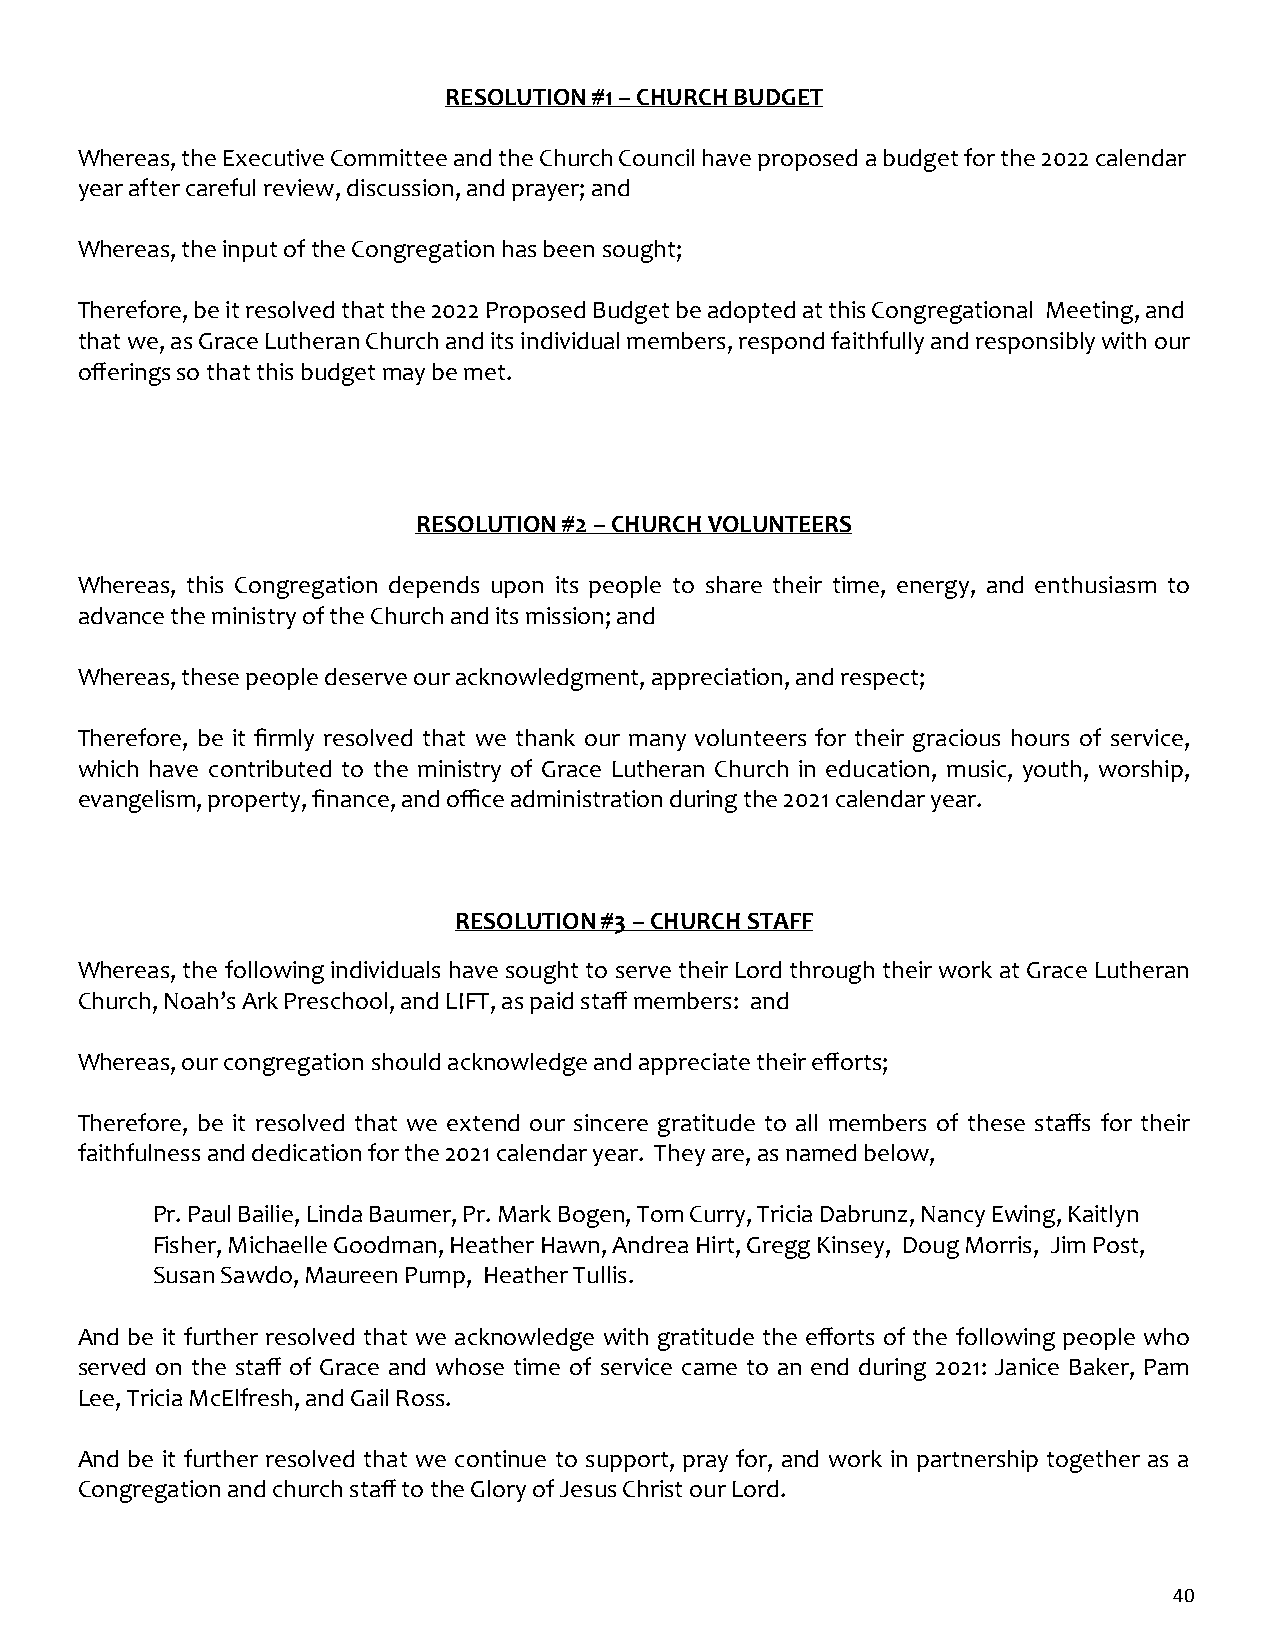
RESOLUTION #1 – CHURCH BUDGET
 Whereas, the Executive Committee and the Church Council have proposed a budget for the 2022 calendar
 year after careful review, discussion, and prayer; and
 Whereas, the input of the Congregation has been sought;
 Therefore, be it resolved that the 2022 Proposed Budget be adopted at this Congregational Meeting, and
 that we, as Grace Lutheran Church and its individual members, respond faithfully and responsibly with our
 offerings so that this budget may be met.
 RESOLUTION #2 – CHURCH VOLUNTEERS
 Whereas, this Congregation depends upon its people to share their time, energy, and enthusiasm to
 advance the ministry of the Church and its mission; and
 Whereas, these people deserve our acknowledgment, appreciation, and respect;
 Therefore, be it firmly resolved that we thank our many volunteers for their gracious hours of service,
 which have contributed to the ministry of Grace Lutheran Church in education, music, youth, worship,
 evangelism, property, finance, and office administration during the 2021 calendar year.
 RESOLUTION #3 – CHURCH STAFF
 Whereas, the following individuals have sought to serve their Lord through their work at Grace Lutheran
 Church, Noah’s Ark Preschool, and LIFT, as paid staff members: and
 Whereas, our congregation should acknowledge and appreciate their efforts;
 Therefore, be it resolved that we extend our sincere gratitude to all members of these staffs for their
 faithfulness and dedication for the 2021 calendar year. They are, as named below,
 Pr. Paul Bailie, Linda Baumer, Pr. Mark Bogen, Tom Curry, Tricia Dabrunz, Nancy Ewing, Kaitlyn
 Fisher, Michaelle Goodman, Heather Hawn, Andrea Hirt, Gregg Kinsey, Doug Morris, Jim Post,
 Susan Sawdo, Maureen Pump, Heather Tullis.
 And be it further resolved that we acknowledge with gratitude the efforts of the following people who
 served on the staff of Grace and whose time of service came to an end during 2021: Janice Baker, Pam
 Lee, Tricia McElfresh, and Gail Ross.
 And be it further resolved that we continue to support, pray for, and work in partnership together as a
 Congregation and church staff to the Glory of Jesus Christ our Lord.
 40